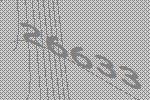
26633